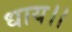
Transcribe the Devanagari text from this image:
धाय।।